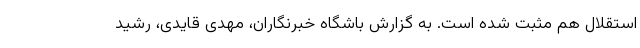
استقلال هم مثبت شده است. به گزارش باشگاه خبرنگاران، مهدی قایدی، رشید